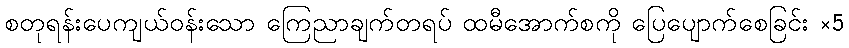
စတုရန်းပေကျယ်ဝန်းသော ကြေညာချက်တရပ် ထမီအောက်စကို ပြေပျောက်စေခြင်း ×5